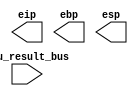
module register_input(alu_result_bus, eip, ebp, esp);
input [7:0]alu_result_bus;
output [7:0]eip;
output [7:0]ebp;
output [7:0]esp;


endmodule